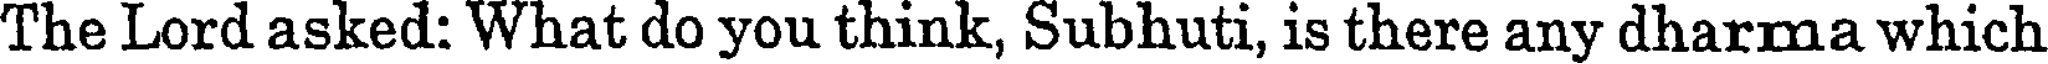
The Lord asked: What do you think, Subhuti, is there any dharma which